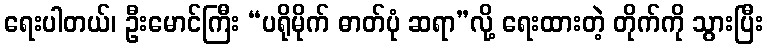
ရေးပါတယ်၊ ဦးမောင်ကြီး “ပရိုမိုက် ဓာတ်ပုံ ဆရာ”လို့ ရေးထားတဲ့ တိုက်ကို သွားပြီး